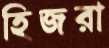
হিজরা